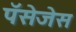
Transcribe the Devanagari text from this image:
पॅसेजेस